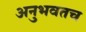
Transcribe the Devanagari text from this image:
अनुभवतच